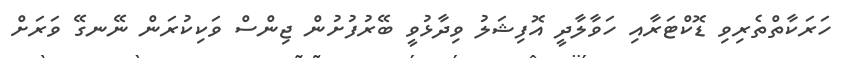
ހަރަކާތްތެރިވި ޑޮކްޓަރާއި ހަވާލާދީ އޮފިޝަލު ވިދާޅުވީ ބޭރުފުށުން ޖިންސް ވަކިކުރަން ނޭނގޭ ވަރަށް